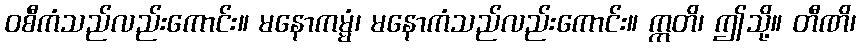
ဝစီကံသည်လည်းကောင်း။ မနောကမ္မံ၊ မနောကံသည်လည်းကောင်း။ ဣတိ၊ ဤသို့။ တီဏိ၊